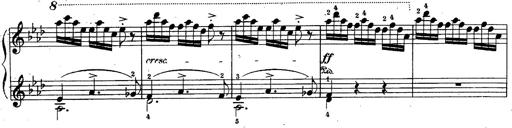
Title: Schubert's Impromptus [revised and edited by Franz Liszt]
Composer: Franz Liszt